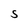
Character: S